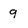
Character: 9